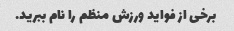
برخی از فواید ورزش منظم را نام ببرید.